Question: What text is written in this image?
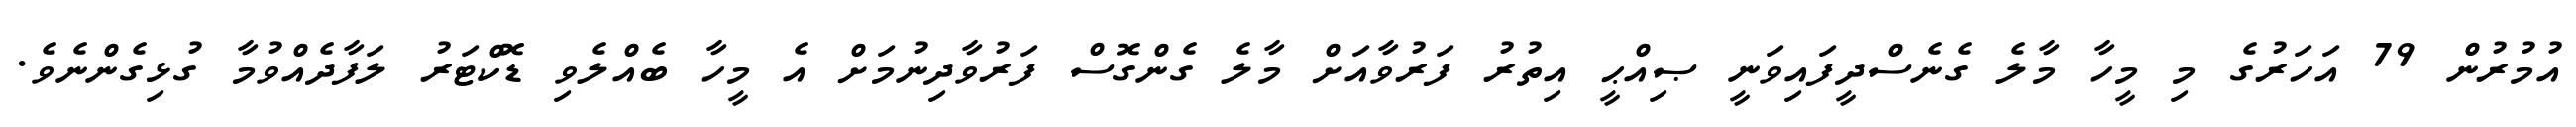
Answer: އުމުރުން 79 އަހަރުގެ މި މީހާ މާލެ ގެނެސްދީފައިވަނީ ޞިއްޙީ އިތުރު ފަރުވާއަށް މާލެ ގެންގޮސް ފަރުވާދިނުމަށް އެ މީހާ ބެއްލެވި ޑޮކްޓަރު ލަފާދެއްވުމާ ގުޅިގެންނެވެ.